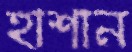
হাশান